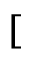
[